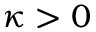
\kappa > 0